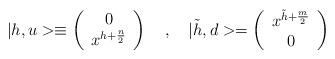
LaTeX: \begin{align*}|h,u> \equiv \left(\begin{array}{c}0\\ x^{h+{n\over 2}}\end{array}\right)\quad , \quad|\tilde h, d> = \left(\begin{array}{c}x^{\tilde h+{m\over 2}} \\ 0 \end{array}\right)\end{align*}